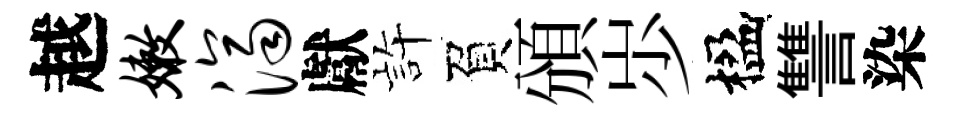
越嫩济獻静負頒𡵯楹讐染